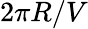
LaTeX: {2\pi R/V}